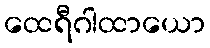
ထေရီဂါထာယော